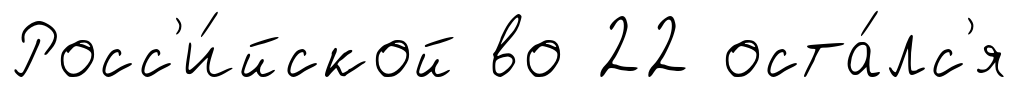
Росс'и́йской во 22 оста́лс'я